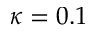
\kappa = 0 . 1